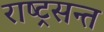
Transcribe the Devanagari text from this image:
राष्ट्रसन्त